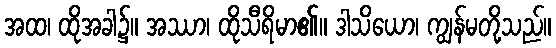
အထ၊ ထိုအခါ၌။ အဿာ၊ ထိုသီရိမာ၏။ ဒါသိယော၊ ကျွန်မတို့သည်။